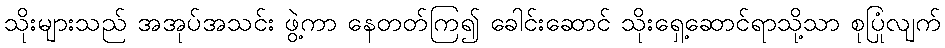
သိုးများသည် အအုပ်အသင်း ဖွဲ့ကာ နေတတ်ကြ၍ ခေါင်းဆောင် သိုးရှေ့ဆောင်ရာသို့သာ စုပြုံလျက်